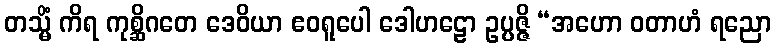
တသ္မိံ ကိရ ကုစ္ဆိဂတေ ဒေဝိယာ ဧဝရူပေါ ဒေါဟဠော ဥပ္ပဇ္ဇိ “အဟော ဝတာဟံ ရညော